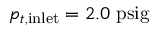
p _ { t , \mathrm { i n l e t } } = 2 . 0 ~ \mathrm { p s i g }